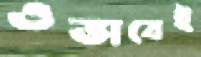
ওভাবেই